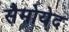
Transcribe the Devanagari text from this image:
सैमोयेद